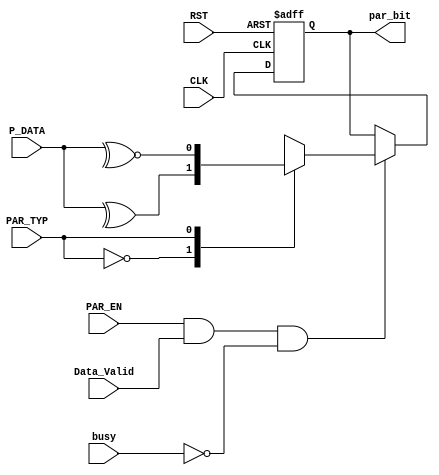


module Parity_Calc 

(
 input   wire                  CLK,
 input   wire                  RST,
 input   wire                  PAR_EN,
 input   wire                  PAR_TYP,
 input   wire   [7:0]          P_DATA,
 input   wire                  busy,
 input   wire                  Data_Valid,
 output  reg                   par_bit 
);


 

always @ (posedge CLK or negedge RST)
 begin
  if(!RST)
   begin
    par_bit <= 'b0 ;
   end
  else
   begin
    if (PAR_EN && Data_Valid && !busy)
	   begin
	    case(PAR_TYP)
	     1'b0 : begin                 
	             par_bit <= ^P_DATA  ;     // Even Parity
	            end
	     1'b1 : begin
	             par_bit <= ~^P_DATA ;     // Odd Parity
	            end		
	    endcase       	 
	   end
   end
 end 


endmodule